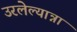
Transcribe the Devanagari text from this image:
उरलेल्यान्ना